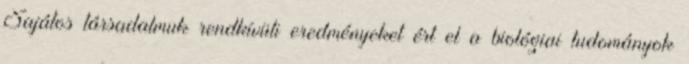
Sajátos társadalmuk rendkívüli eredményeket ért el a biológiai tudományok